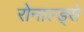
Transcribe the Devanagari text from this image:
रोनाल्ड्से